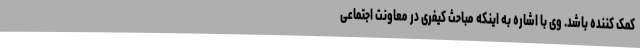
کمک کننده باشد. وی با اشاره به اینکه مباحث کیفری در معاونت اجتماعی